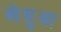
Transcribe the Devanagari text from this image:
खेसुआ